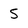
Character: 5